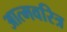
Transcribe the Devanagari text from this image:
आत्मवरित्र